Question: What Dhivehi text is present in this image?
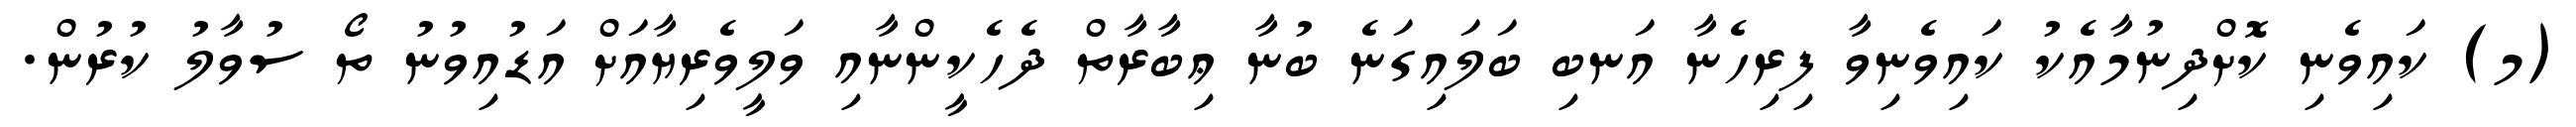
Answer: (މ) ކައިވެނި ކޮށްދިނުމާއެކު ކައިވެނިވާ ފިރިހެނާ އަނބި ބަލައިގަނެ ބުނާ ޢިބާރާތް ދެހެކީންނާއި ވަލީވެރިޔާއަށް އަޑުއިވުނު ތޯ ސުވާލު ކުރުން.